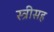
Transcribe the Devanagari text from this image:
स्त्रीसह